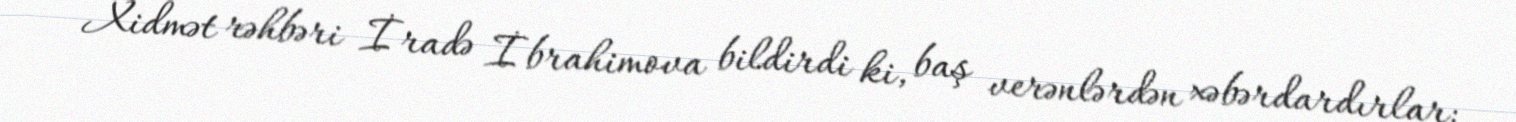
Xidmət rəhbəri İradə İbrahimova bildirdi ki, baş verənlərdən xəbərdardırlar: